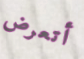
أتعرض